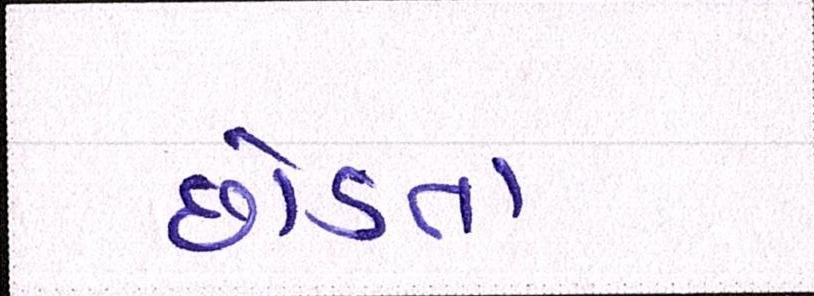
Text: છોડતા